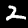
Label: 2